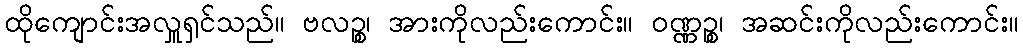
ထိုကျောင်းအလှူရှင်သည်။ ဗလဉ္စ၊ အားကိုလည်းကောင်း။ ဝဏ္ဏဉ္စ၊ အဆင်းကိုလည်းကောင်း။